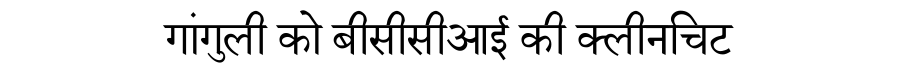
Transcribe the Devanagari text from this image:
गांगुली को बीसीसीआई की क्लीनचिट